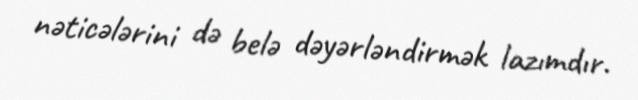
nəticələrini də belə dəyərləndirmək lazımdır.